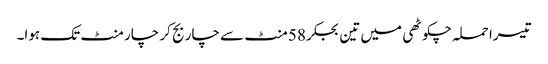
تیسرا حملہ چکوٹھی میں تین بجکر 58 منٹ سے چار بج کر چار منٹ تک ہوا۔